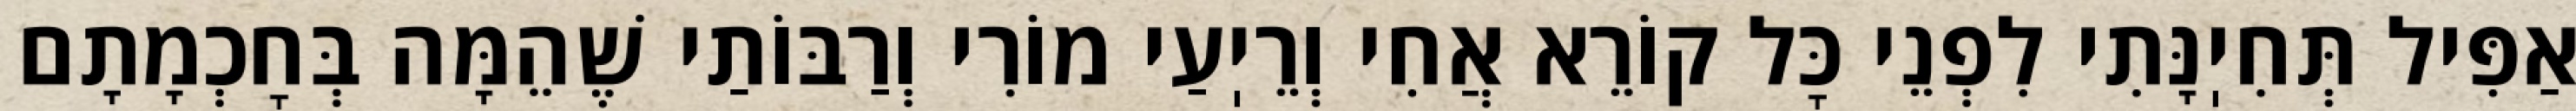
אַפִּיל תְּחִיֽנָּתִי לִפְנֵי כׇּל קוֹרֵא אֲחִי וְרֵיֽעַי מוֹרִי וְרַבּוֹתַי שֶׁהֵמָּה בְּחׇכְמָתָם